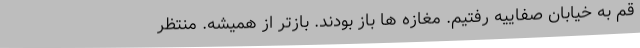
قم به خیابان صفاییه رفتیم. مغازه ها باز بودند. بازتر از همیشه. منتظر